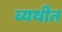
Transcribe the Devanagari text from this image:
व्यथीत